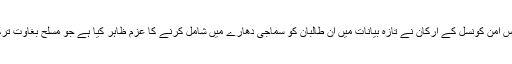
اس کے برعکس امن کونسل کے ارکان نے تازہ بیانات میں اُن طالبان کو سماجی دھارے میں شامل کرنے کا عزم ظاہر کیا ہے جو مسلح بغاوت ترک کردیں گے۔